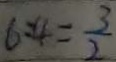
6 : 4 = \frac { 3 } { 2 }